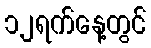
၁၂ရက်နေ့တွင်